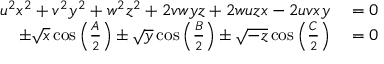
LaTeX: \begin{array} { r l } { u ^ { 2 } x ^ { 2 } + v ^ { 2 } y ^ { 2 } + w ^ { 2 } z ^ { 2 } + 2 v w y z + 2 w u z x - 2 u v x y } & { { } = 0 } \\ { \pm { \sqrt { x } } \cos \left( { \frac { A } { 2 } } \right) \pm { \sqrt { y } } \cos \left( { \frac { B } { 2 } } \right) \pm { \sqrt { - z } } \cos \left( { \frac { C } { 2 } } \right) } & { { } = 0 } \end{array}